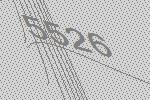
5526